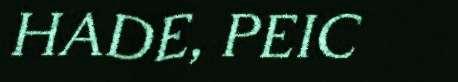
HADE, PEIC